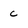
Character: C